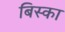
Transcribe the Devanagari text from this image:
बिस्का